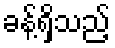
ခန့်ရှိသည့်